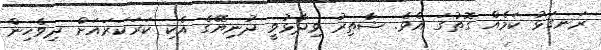
ރަނގަޅު ކަމެއް ގޮތުގަ އެވެ. ޝާތިރު ވިދާޅުވީ ދުނިޔޭގެ އެކި ކަރަކަރައަށް ދިވެހިން